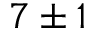
7 \pm 1